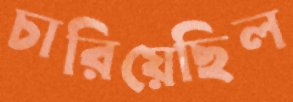
চারিয়েছিল